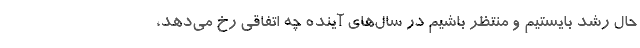
حال رشد بایستیم و منتظر باشیم در سال‌های آینده چه اتفاقی رخ می‌دهد،